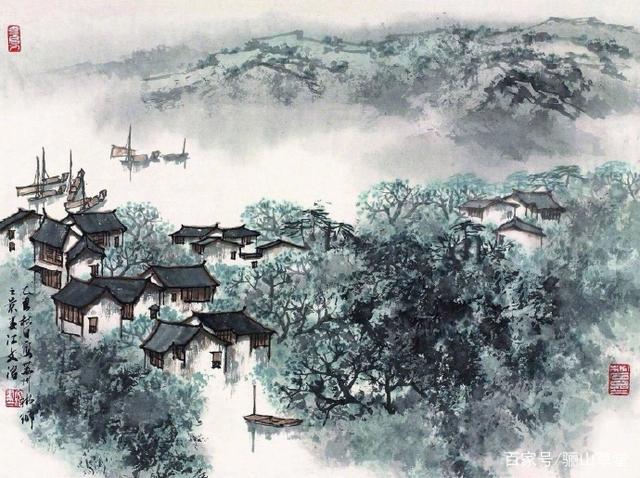
午枕梦初残，高楼上，独凭阑干。